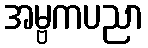
အမ္ဗကပညာ